kultuurilooline_kollektsioon, lk 44
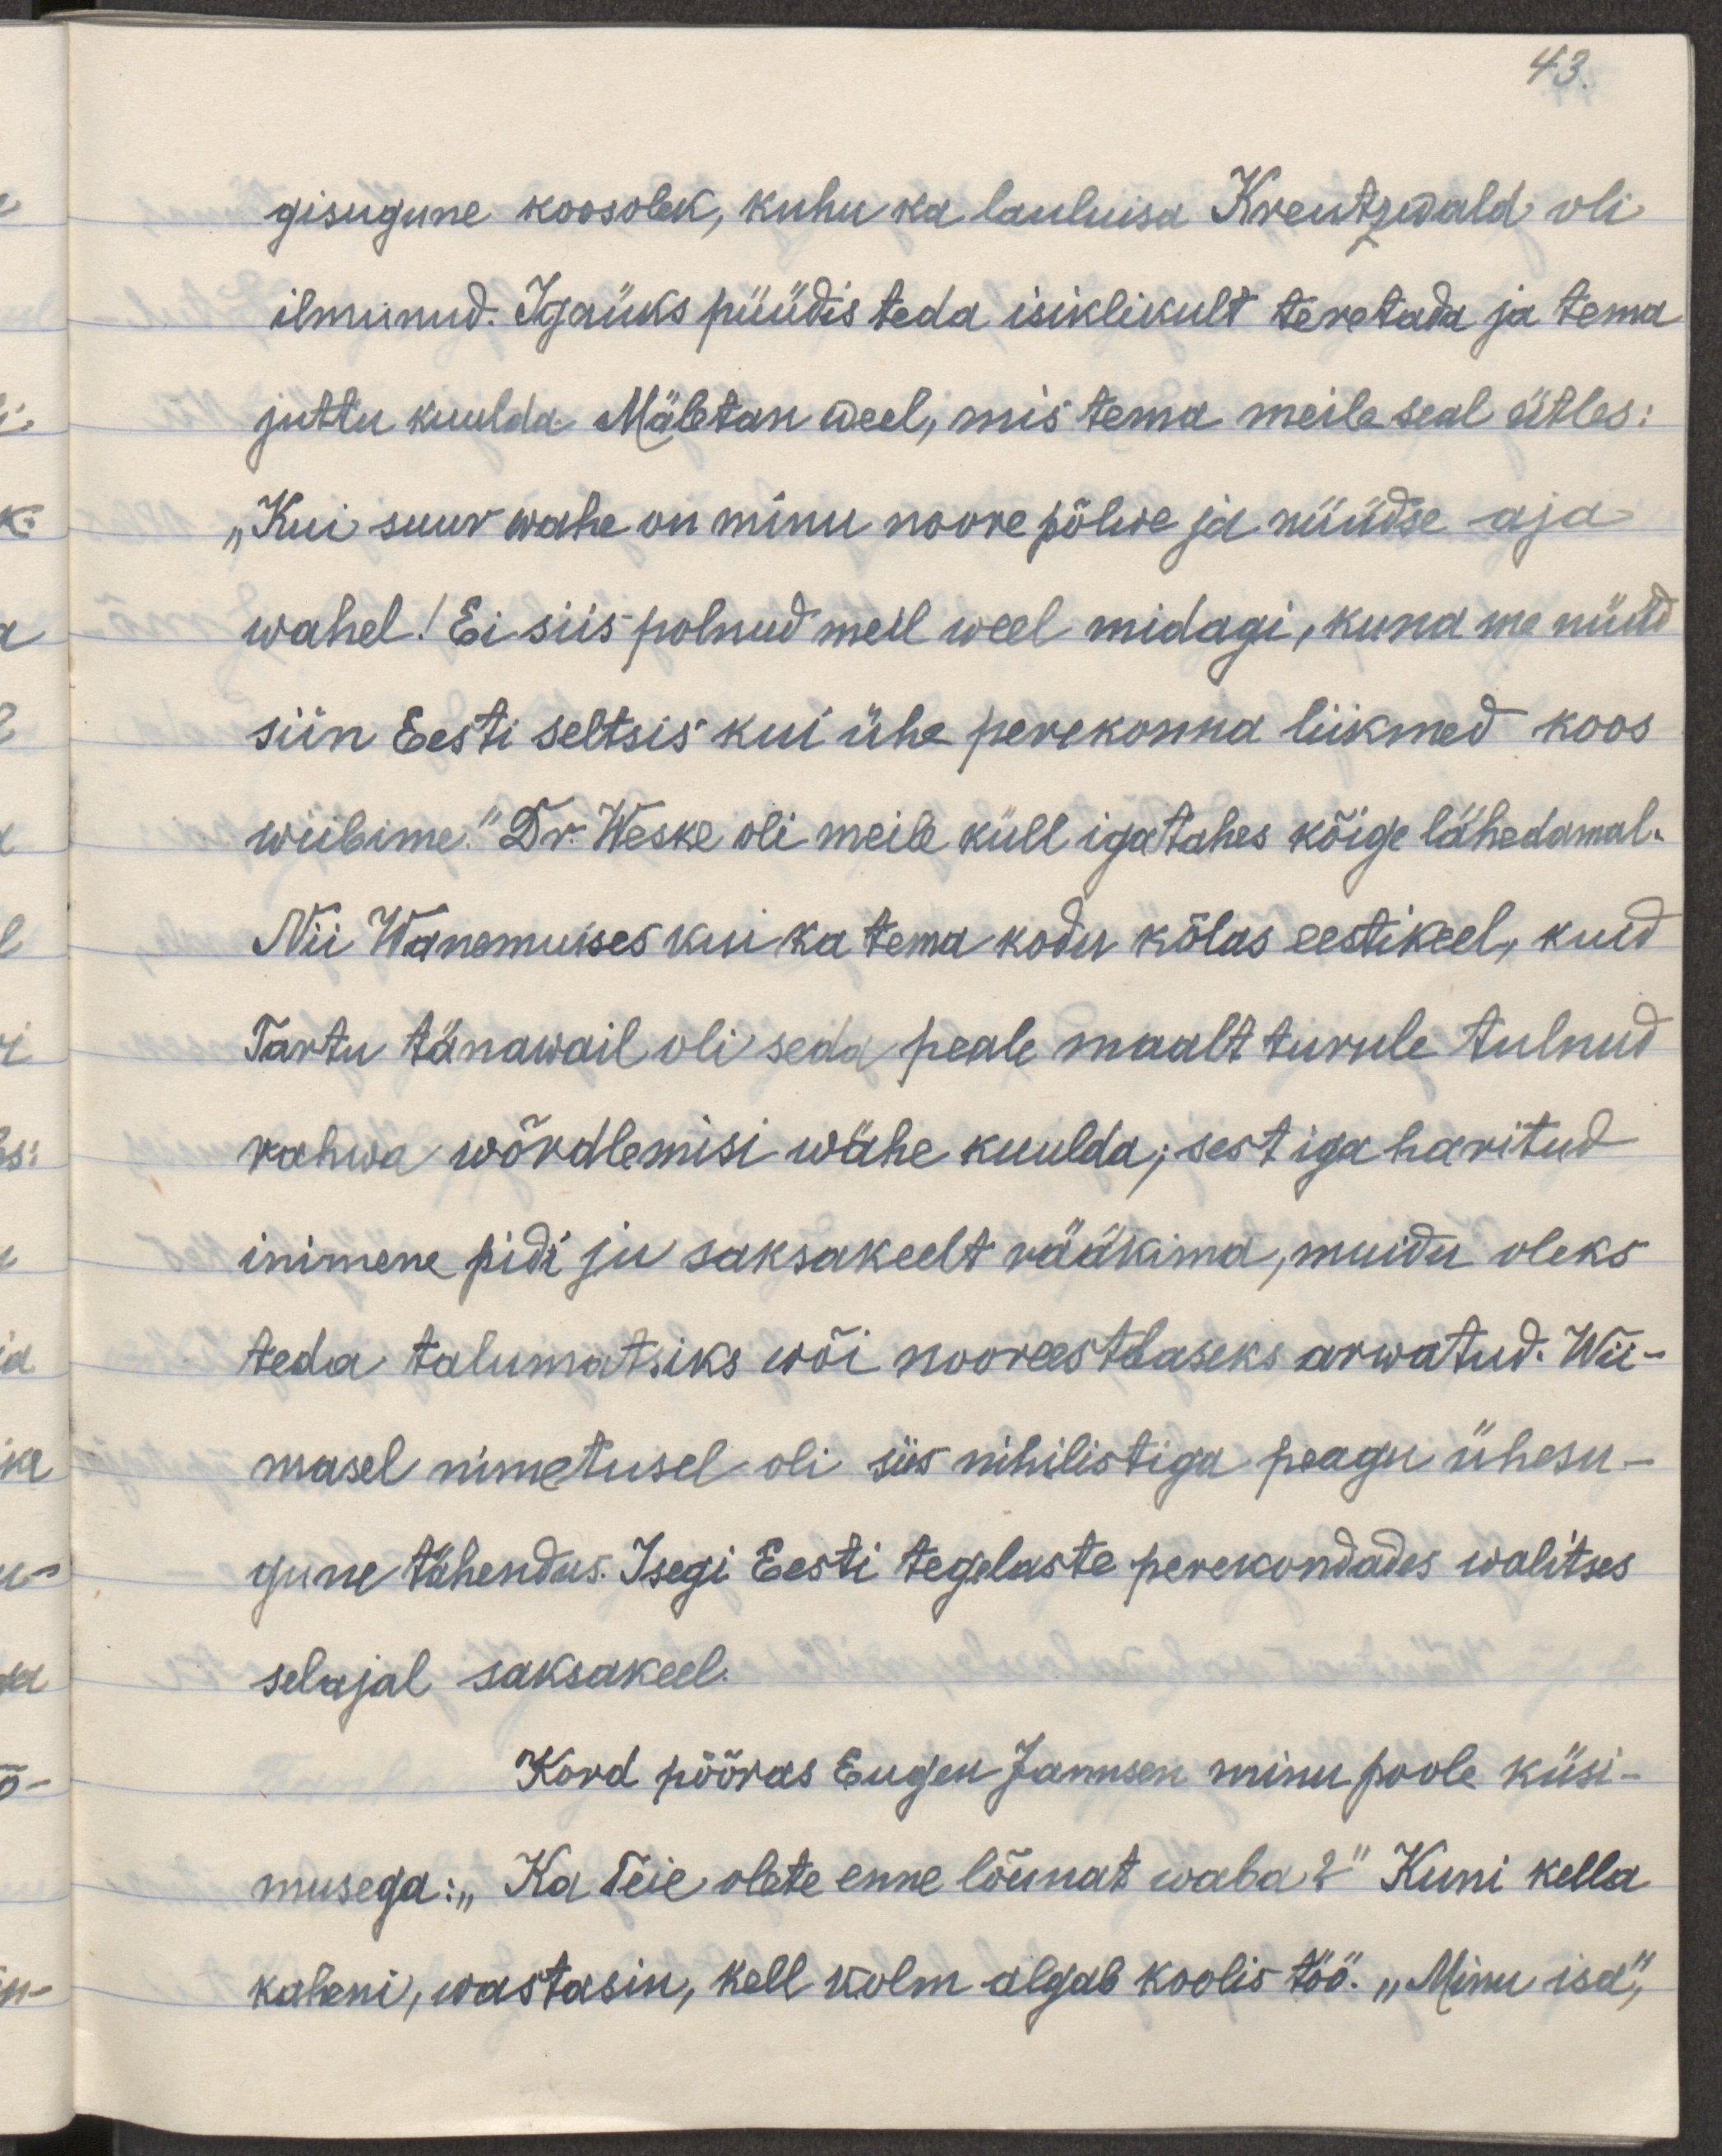
gisugune koosolek, kuhu ka lauluisa Kreutzwald oli
ilmunud. Igaüks püüdis teda isiklikult teretada ja tema
juttu kuulda. Mäletan weel, mis tema meile seal ütles:
„Kui suur wahe on minu noore põlwe ja nüüdse aja 
wahel! Ei siis polnud meil weel midagi, kuna me nüüd
siin Eesti seltsis kui ühe perekonna liikmed koos 
wiibime." Dr. Weske oli meile küll igastahes kõige lähedamal.
Nii Wanemuises kui ka tema kodu kõlas eestikeel, kuid
Tartu tänawail oli seda peale maalt turule tulnud
rahwa wõrdlemisi wähe kuulda; sest iga haritud
inimene pidi ju saksakeelt rääkima, muidu oleks
teda talumatsiks wõi nooreestlaseks arwatud. Wii-
masel nimetusel oli nihilistiga peagu ühesu-
gune tähendus. Isegi Eesti tegelaste perekondades walitses
selajal saksakeel.
Kord pööras Eugen Jannsen minu poole küsi-
musega: „Ka Teie olete enne lõunat waba?" Kuni kella
kaheni, wastasin, kell kolm algab koolis töö. „Minu isa,"